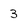
Character: 3